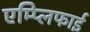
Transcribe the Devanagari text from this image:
एम्प्लिफाई